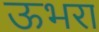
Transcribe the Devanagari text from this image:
ऊभरा